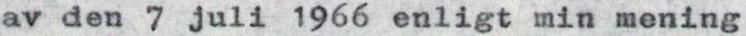
av den 7 juli 1966 enligt min mening